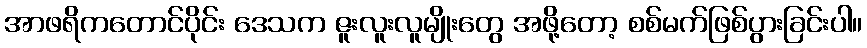
အာဖရိကတောင်ပိုင်း ဒေသက ဇူးလူးလူမျိုးတွေ အဖို့တော့ စစ်မက်ဖြစ်ပွားခြင်းပါ။